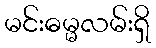
မင်းဓမ္မလမ်းရှိ